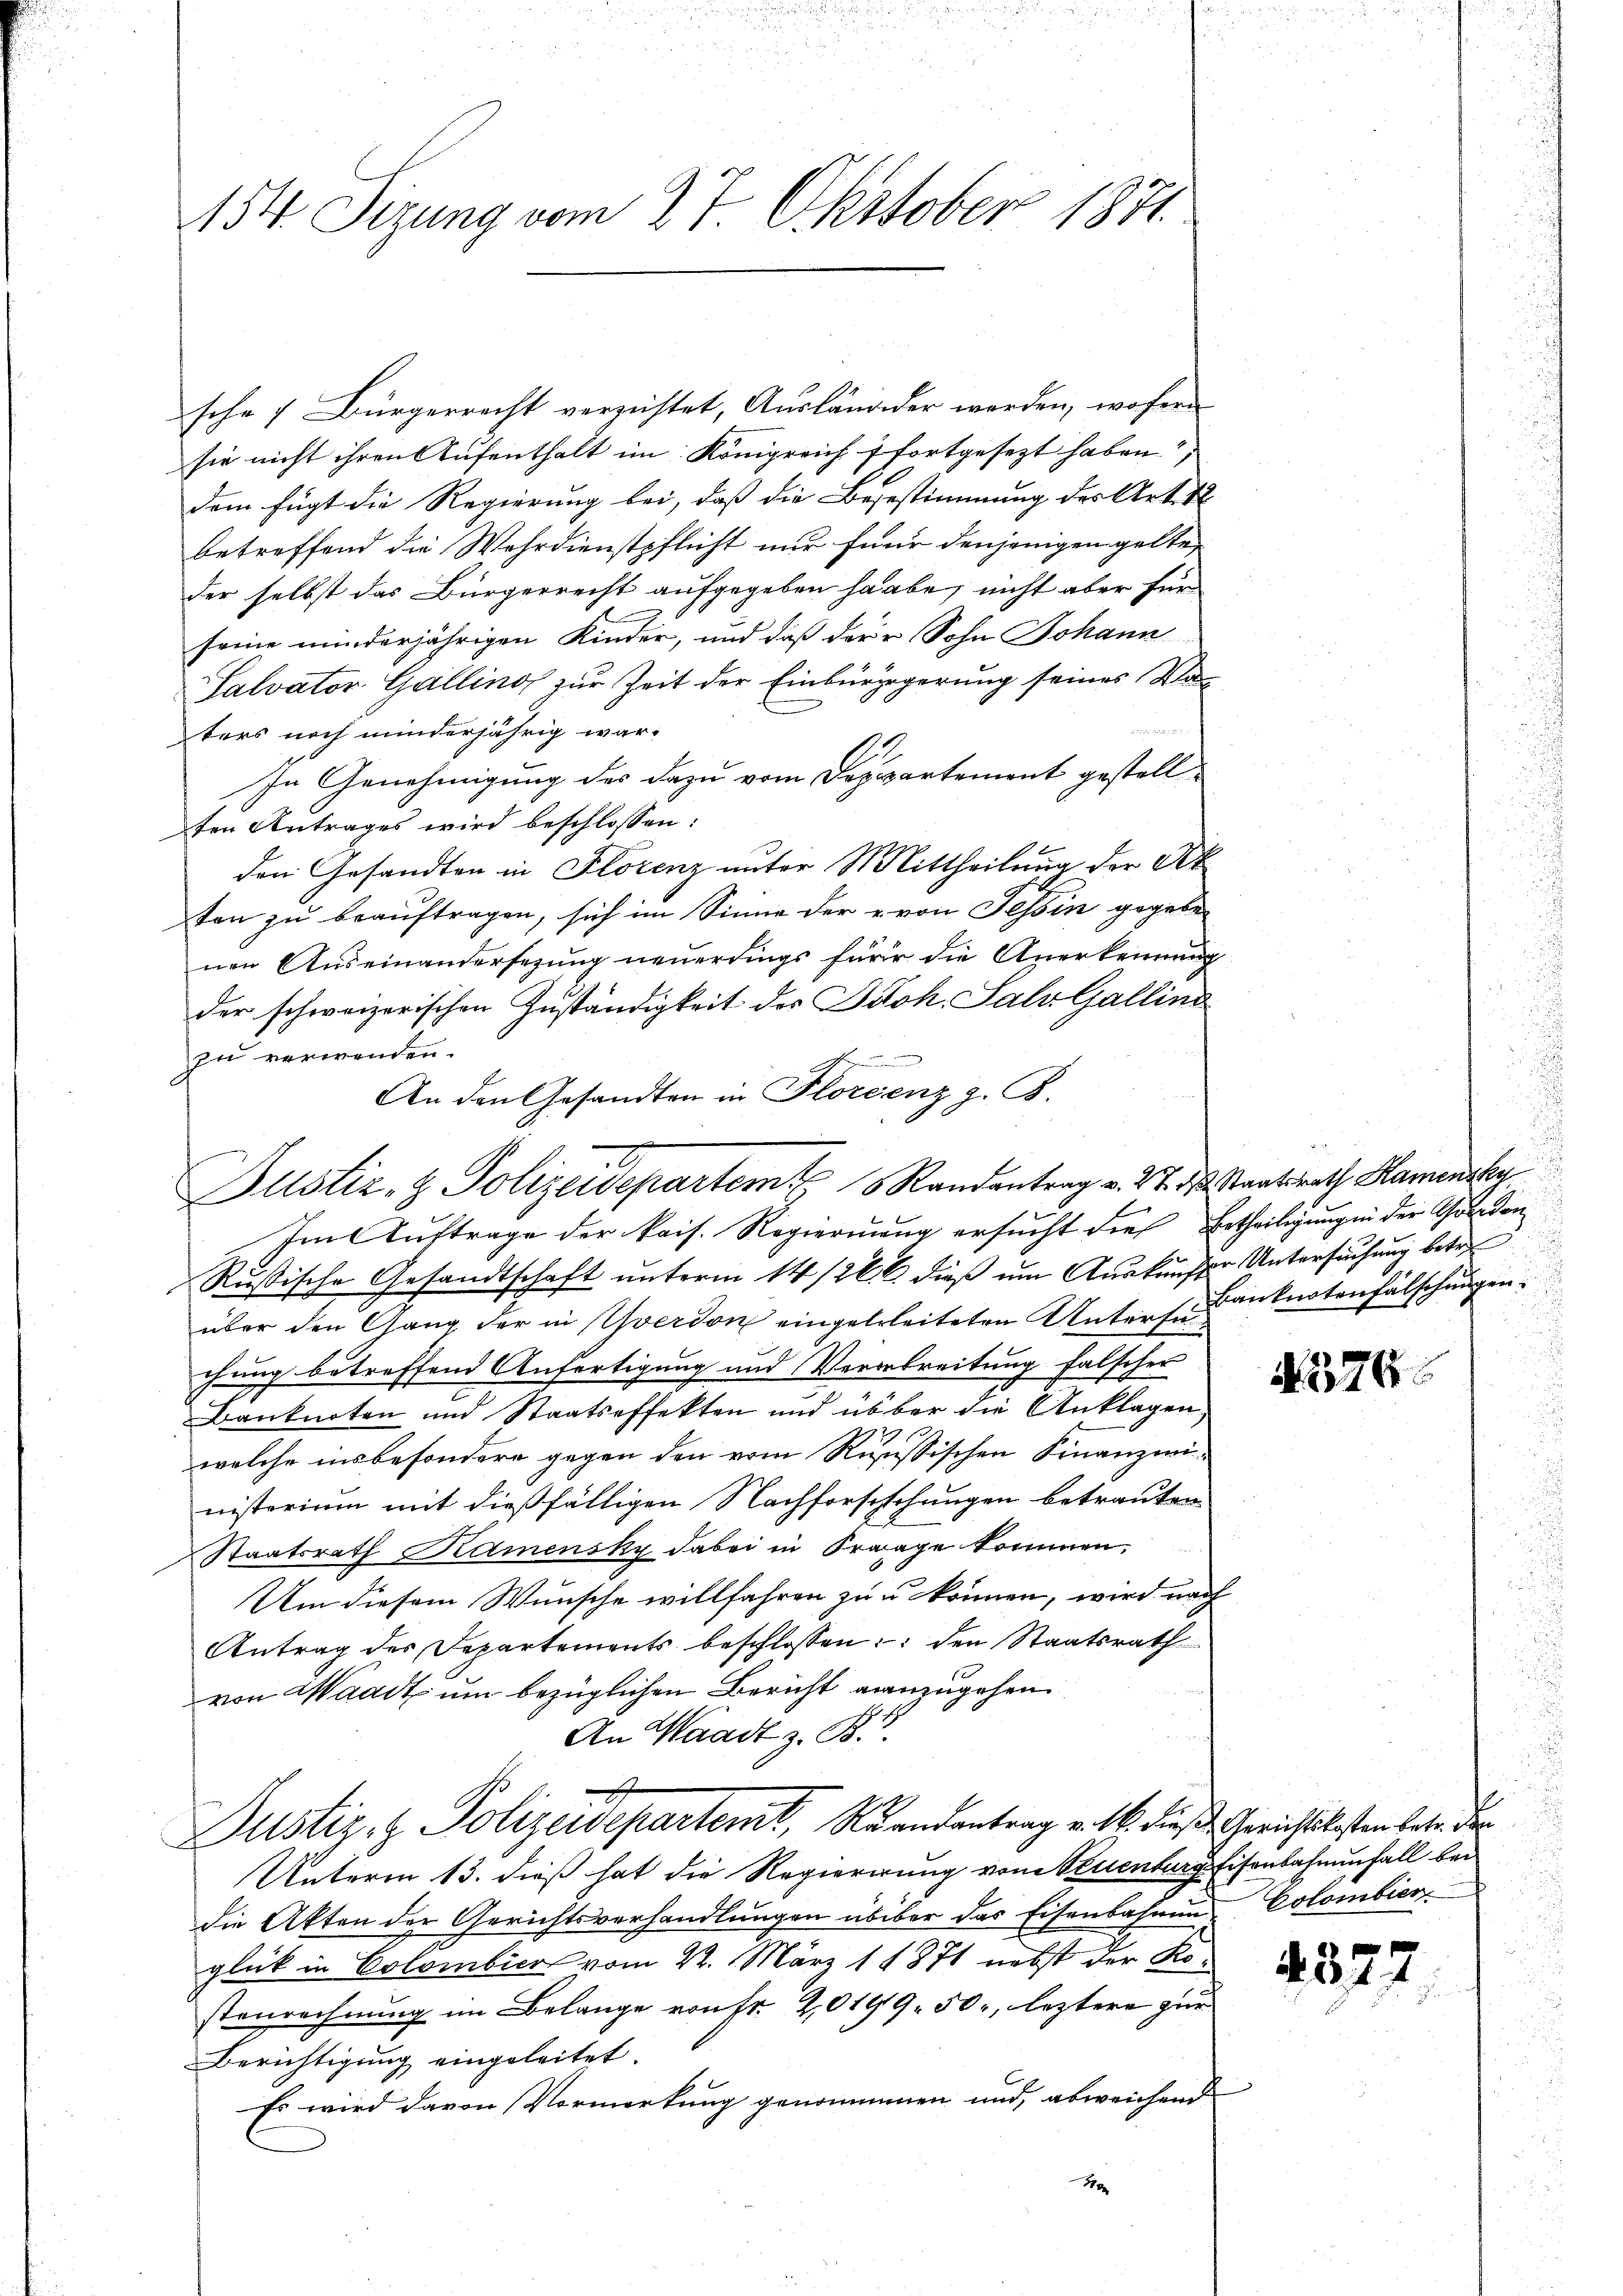
154. Seizung vom 27 Okttober 1871

sche 1 Bürgerrecht verzichtet, Ausländeder werden, wofern
sie nicht ihren Aufenthalt im Königreich fortgesezt haben?
dem fügt die Regierung bei, daß die Befestimmung des Art. 12
betreffend die Wehrdienstpflicht nur feur denjenigen gelte,
der selbst das Bürgerrecht aufgegeben haabe, nicht aber für
seine minderjährigen Kinder, und daß der Sohn Johann
Salvator Gallino zur Zeit der Einbürgigerung seines Vaters noch minderjährig war-
In Genehmigung des dazu vom Departement gestell-
ten Antrages wird beschlossen:
den Gesandten in Florenz unter Mittheilung der Ak
ten zu beauftragen, sich im Sinne der von Tessin gegeben
nen Auseinandersezung neuerdings für die Anerkennung
der schweizerischen Zuständigkeit des Joh. Salv Gallinz
zu verwenden.
An den Gesandten in Florenz z. B.

Justiz- & Polizeidepartem Randantrag v. 27. d. Staatsrath Hamensky

Im Auftrage der kais. Regierung ersucht dies Ertheiligung in der Golden¬
Rußische Gesandtschaft unterm 14/26 l. dieß um Auskunfter Untersuchung betre
über den Gang der in Yverdon eingelrleiteten Unters Banknotenfälschungen.
chung betreffend Anfertigung und Verarbreitung falscher
Banknoten und Staatseffekten und über die Anklagen,
welche insbesondere gegen den vom Reussischen Finanzmeinisterium mit dießfälligen Nachforschchungen betrauten
Staatsrath Kramensky dabei in Frage kommen.
Um diesem Wunsche willfahren zu u. können, wird nach
Antrag des Departements beschlossen: den Staatsrath
von Waadt um bezüglichen Bericht anzugehen.
An Waadt z. B.
Justiz- & Polizeidepartenit, Brandantrag v. M. diese Gerichtslasten betr. der
Unterm 13. dieß hat die Regierung von Neuenburg Eisenbahnenfall bei
die Akten der Gerichtsverhandlungen übüber das Eisenbahnung Colombier
glück in Colombier vom 22. März 18871 nebst der Rostenrechnung im Belange von Fr. 20199. 50, leztere zur
Berichtigung eingeleitet.
Es wird davon Vormerkung genommenen und, abweichend
30

§576.

4327